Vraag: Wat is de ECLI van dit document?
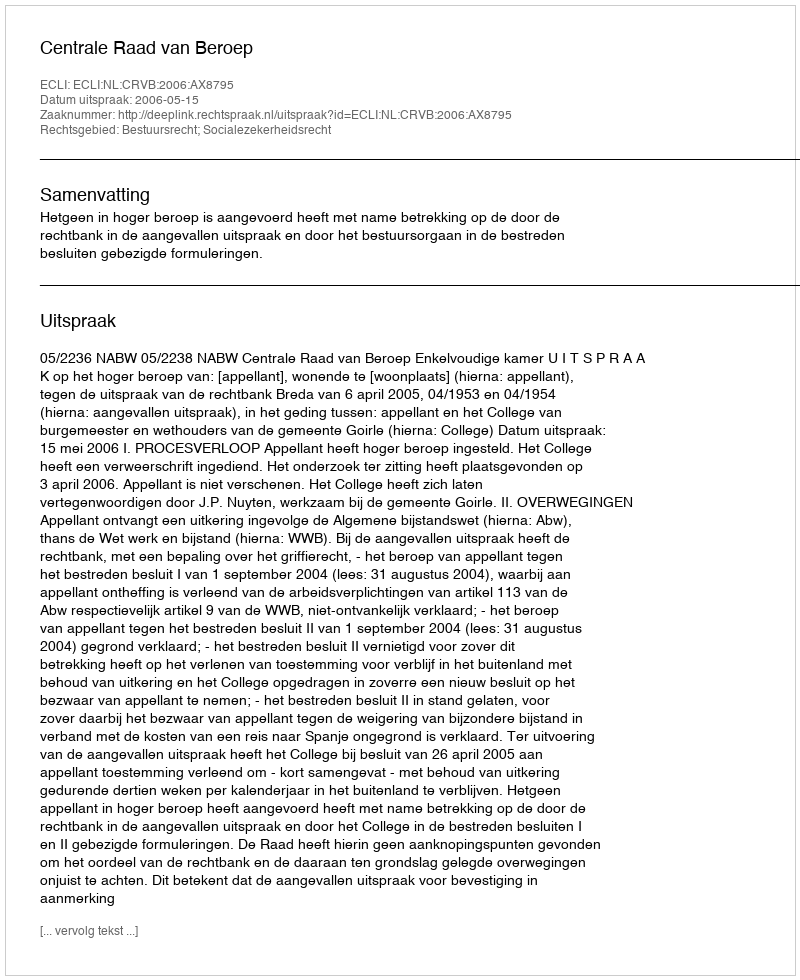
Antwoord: ECLI:NL:CRVB:2006:AX8795